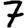
Digit: 7